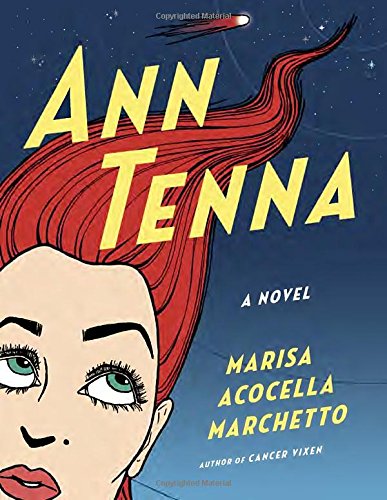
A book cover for Ann Tenna: A novel; Marisa Acocella Marchetto; Comics & Graphic Novels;